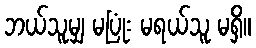
ဘယ်သူမျှ မပြုံး မရယ်သူ မရှိ။